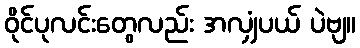
ဝိုင်ပုလင်းတွေလည်း အလျှံပယ် ပဲဗျ။